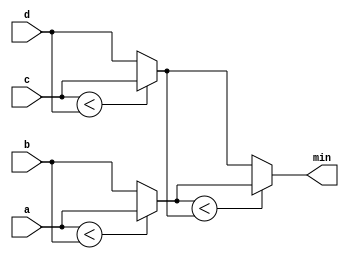
module top_module (
    input [7:0] a, b, c, d,
    output [7:0] min);

    wire [7:0] ab_min;
    wire [7:0] cd_min;

    assign ab_min = a < b ? a : b;
    assign cd_min = c < d ? c : d;
    assign    min = ab_min < cd_min ? ab_min : cd_min;

endmodule